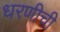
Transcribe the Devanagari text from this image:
धरणीची